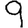
Digit: 9